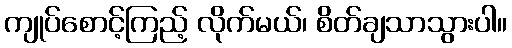
ကျုပ်စောင့်ကြည့် လိုက်မယ်၊ စိတ်ချသာသွားပါ။